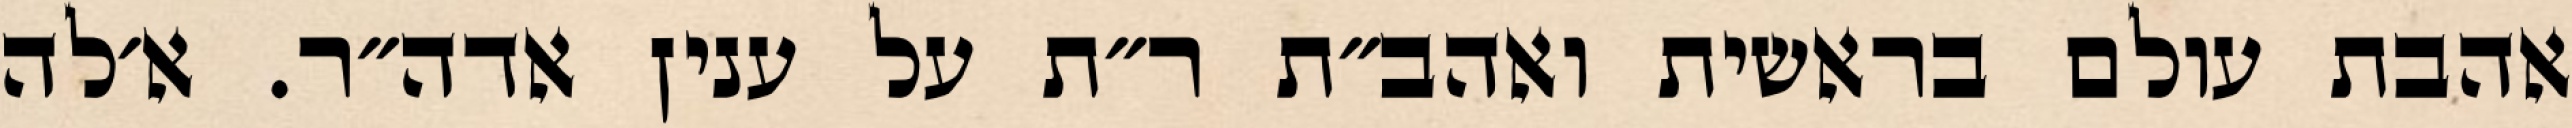
אהבת עולם בראשית ואהב״ת ר״ת על ענין אדה״ר. א׳לה